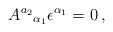
LaTeX: \begin{align*}A^{a_2}{}_{\alpha_1}\epsilon^{\alpha_1}=0\, ,\end{align*}